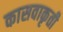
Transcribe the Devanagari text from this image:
कासवाकृती